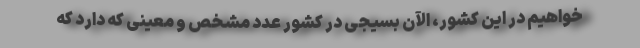
خواهیم در این کشور، الآن بسیجی در کشور عدد مشخص و معینی که دارد که